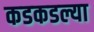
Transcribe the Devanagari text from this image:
कडकडल्या